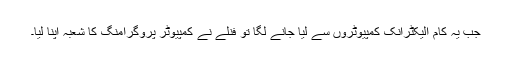
جب یہ کام الیکٹرانک کمپیوٹروں سے لیا جانے لگا تو فنلے نے کمپیوٹر پروگرامنگ کا شعبہ اپنا لیا۔